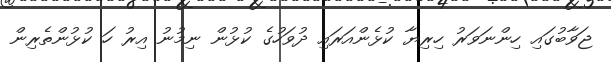
ޖަވާބުގައި ހިންނަވަރު ހިރިޔާ ކުޅެންއަރައި ދުވަހުގެ ކުޅުން ނިމުނު އިރު ހަ ކުޅުންތެރިން